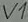
Text: V1